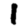
Digit: 1